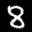
Label: 8